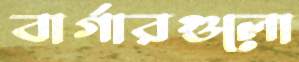
বার্গারগুলো